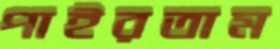
পাইরতাম